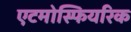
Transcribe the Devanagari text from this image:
एटमोस्फियरिक